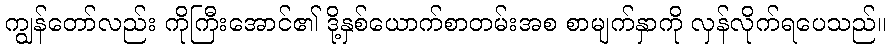
ကျွန်တော်လည်း ကိုကြီးအောင်၏ ဒို့နှစ်ယောက်စာတမ်းအစ စာမျက်နှာကို လှန်လိုက်ရပေသည်။